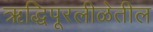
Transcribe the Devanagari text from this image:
ऋद्धिपूरलीळेतील